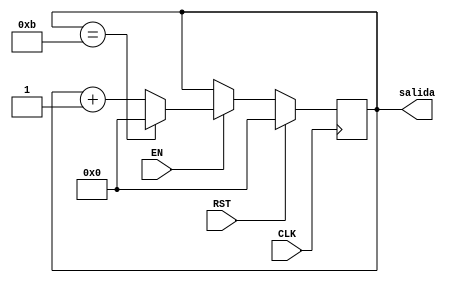
`timescale 1ns / 1ps
//////////////////////////////////////////////////////////////////////////////////
// Company: 
// Engineer: 
// 
// Design Name: 
// Module Name: Contador_11
// Project Name: 
// Target Devices: 
// Tool Versions: 
// Description: 
// 
// Dependencies: 
// 
// Revision:
// Revision 0.01 - File Created
// Additional Comments:
// 
//////////////////////////////////////////////////////////////////////////////////


module Contador_11(CLK, RST, EN, salida
    );
    input CLK, RST, EN;
    output reg [3:0] salida;
    
    always @(posedge CLK)
        if (RST)
            salida <= 4'b0;
        else if (EN)
                if (salida == 4'b1011)
                    salida <= 4'b0;
                else
                    salida <= salida +1'b1;
             else 
                salida <= salida;
 
endmodule